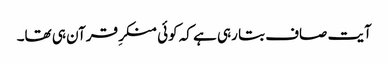
آیت صاف بتا رہی ہے کہ کوئی منکرِ قرآن ہی تھا۔